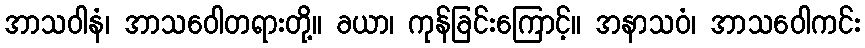
အာသဝါနံ၊ အာသဝေါတရားတို့။ ခယာ၊ ကုန်ခြင်းကြောင့်။ အနာသဝံ၊ အာသဝေါကင်း